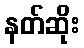
နတ်ဆိုး